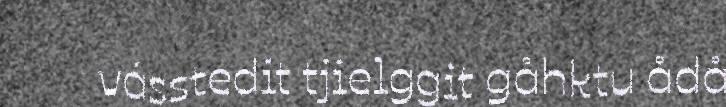
vásstedit tjielggit gåhktu ådå